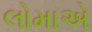
લોમાએ